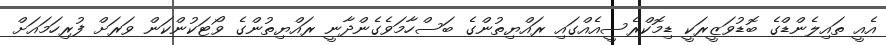
އެއީ ތައިލެންޑްގެ ބޮޑުވަޒީރަކީ ޑިމޮކްރެސީއެއްގައި ރައްޔިތުންގެ ބަސްހާމަވެގެންދާނީ ރައްޔިތުންގެ ވޯޓަކުންކަން ވަރަށް ފުރިހަމައަށް